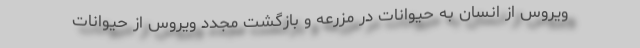
ویروس از انسان به حیوانات در مزرعه و بازگشت مجدد ویروس از حیوانات